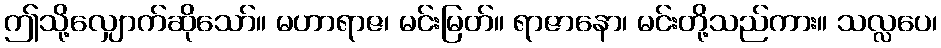
ဤသို့လျှောက်ဆိုသော်။ မဟာရာဇ၊ မင်းမြတ်။ ရာဇာနော၊ မင်းတို့သည်ကား။ သလ္လပေ၊